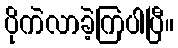
ပိုကဲလာခဲ့ကြပါပြီ။